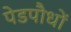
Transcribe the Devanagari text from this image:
पेडपौधों